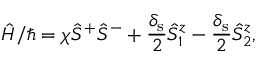
\hat { H } / \hbar = \chi \hat { S } ^ { + } \hat { S } ^ { - } + \frac { \delta _ { \mathrm { s } } } { 2 } \hat { S } _ { 1 } ^ { z } - \frac { \delta _ { \mathrm { s } } } { 2 } \hat { S } _ { 2 } ^ { z } ,